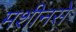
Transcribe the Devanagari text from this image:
मशीनसे